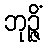
ဘုဉ္ဇိံ